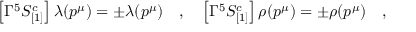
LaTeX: \left[ \Gamma ^ { 5 } S _ { [ 1 ] } ^ { c } \right] \lambda ( p ^ { \mu } ) = \pm \lambda ( p ^ { \mu } ) \quad , \quad \left[ \Gamma ^ { 5 } S _ { [ 1 ] } ^ { c } \right] \rho ( p ^ { \mu } ) = \pm \rho ( p ^ { \mu } ) \quad ,